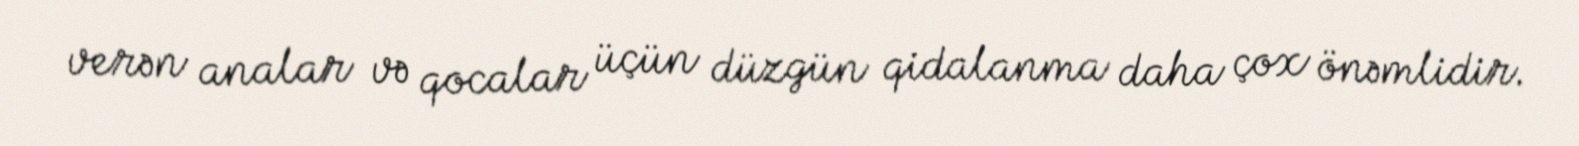
verən analar və qocalar üçün düzgün qidalanma daha çox önəmlidir.